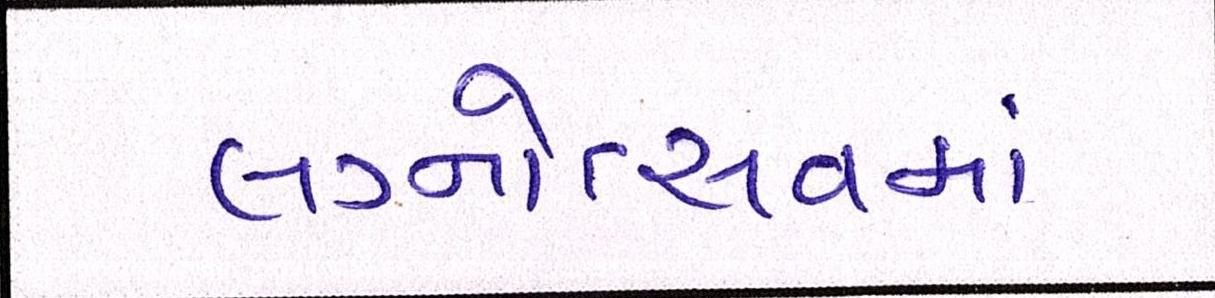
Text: લગ્નોત્સવમાં